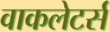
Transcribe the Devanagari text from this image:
वाकलेटर्स